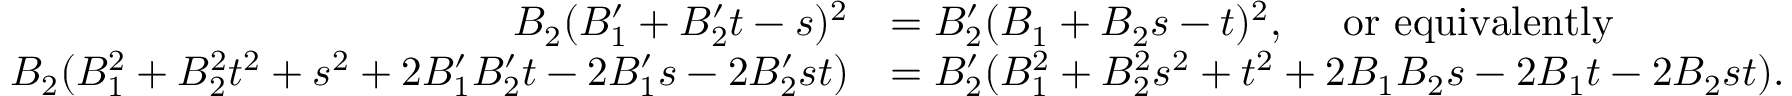
\begin{array} { r l } { B _ { 2 } ( B _ { 1 } ^ { \prime } + B _ { 2 } ^ { \prime } t - s ) ^ { 2 } } & { = B _ { 2 } ^ { \prime } ( B _ { 1 } + B _ { 2 } s - t ) ^ { 2 } , \quad \mathrm { ~ o r ~ e q u i v a l e n t l y } } \\ { B _ { 2 } ( B _ { 1 } ^ { 2 } + B _ { 2 } ^ { 2 } t ^ { 2 } + s ^ { 2 } + 2 B _ { 1 } ^ { \prime } B _ { 2 } ^ { \prime } t - 2 B _ { 1 } ^ { \prime } s - 2 B _ { 2 } ^ { \prime } s t ) } & { = B _ { 2 } ^ { \prime } ( B _ { 1 } ^ { 2 } + B _ { 2 } ^ { 2 } s ^ { 2 } + t ^ { 2 } + 2 B _ { 1 } B _ { 2 } s - 2 B _ { 1 } t - 2 B _ { 2 } s t ) . } \end{array}